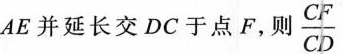
AE并延长交DC于点F，则 $$\frac { C F }